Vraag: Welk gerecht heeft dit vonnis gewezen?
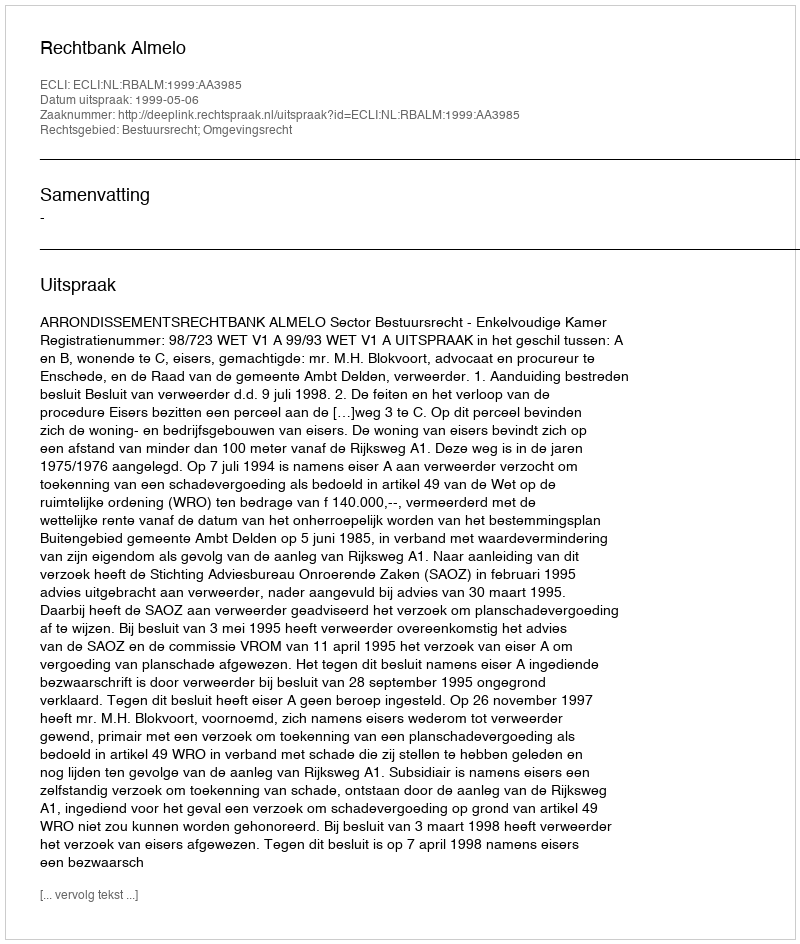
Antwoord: Rechtbank Almelo